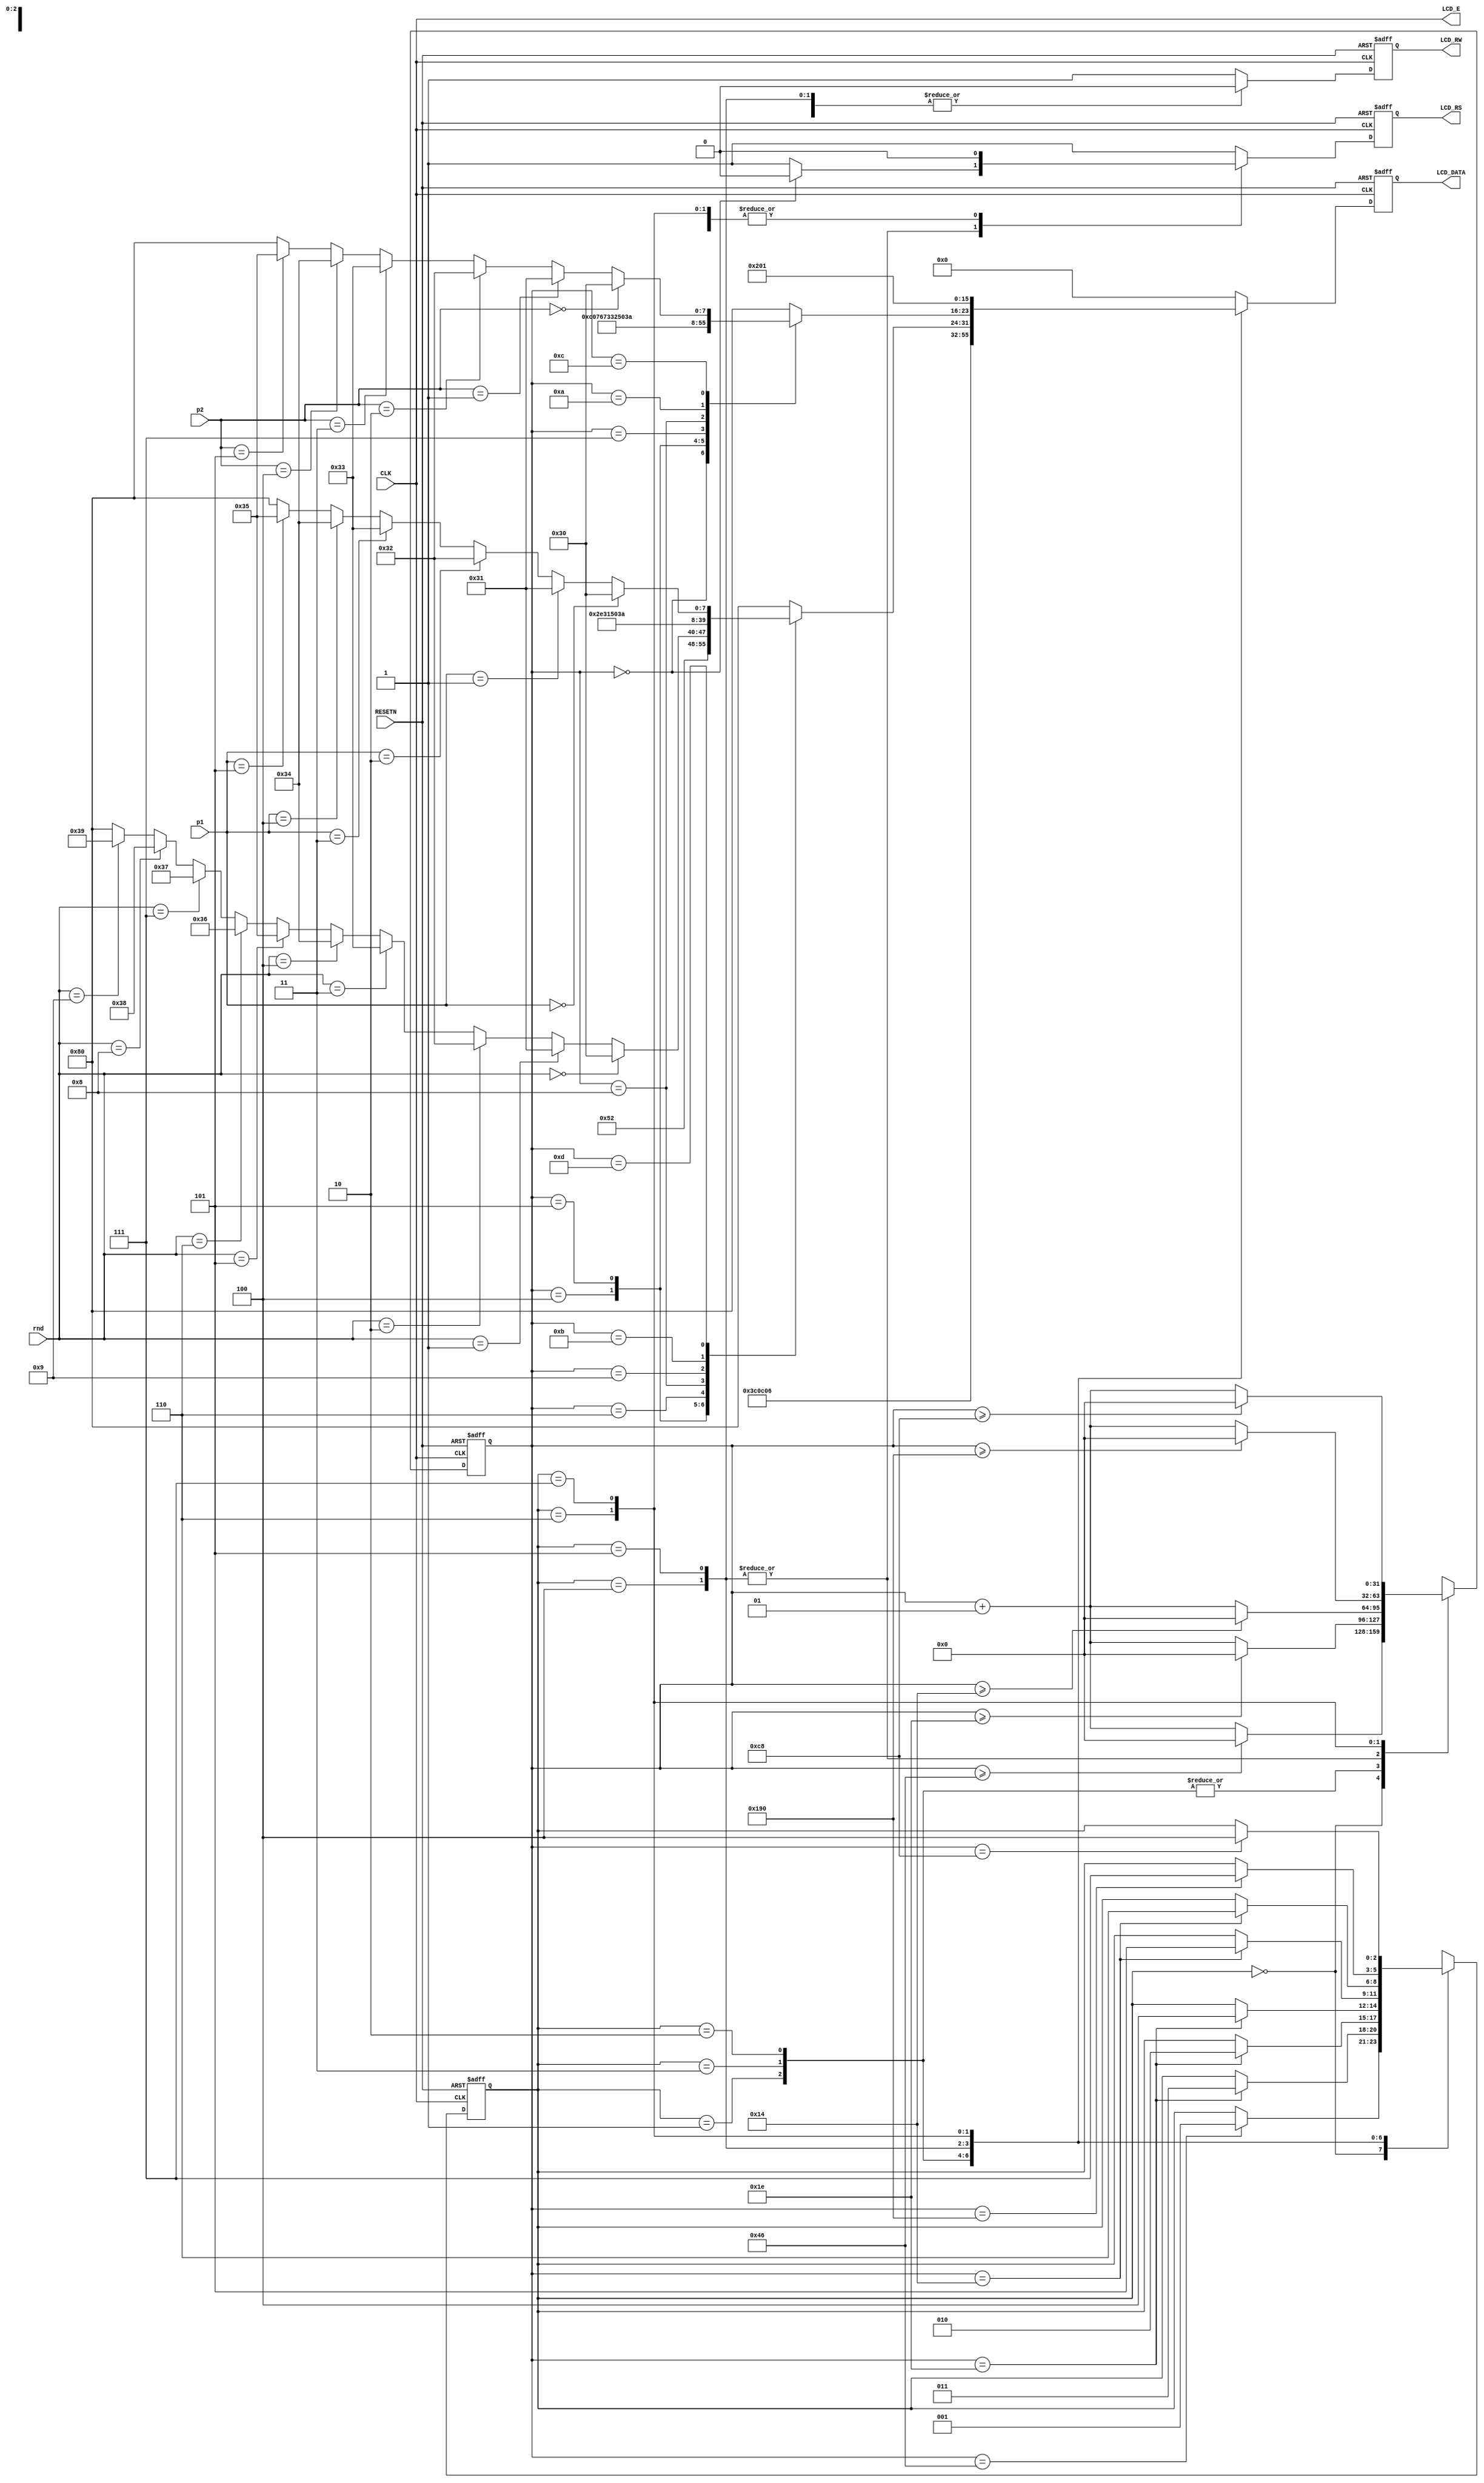
module rnd2_point(
RESETN, CLK, LCD_E, LCD_RS, LCD_RW, LCD_DATA, rnd, p1, p2);

input RESETN, CLK;
input [3:0]rnd;
input [2:0]p1;
input [2:0]p2;
output LCD_E, LCD_RS, LCD_RW;
output [7:0]LCD_DATA;

wire LCD_E;
reg LCD_RS, LCD_RW;
reg [7:0]LCD_DATA;
reg [2:0]STATE;
parameter DELAY = 3'b000,	FUNCTION_SET = 3'b001,
			ENTRY_MODE = 3'b010, DISP_ONOFF = 3'b011,
			LINE1 = 3'b100, LINE2 = 3'b101,
			DELAY_T = 3'b110, CLEAR_DISP = 3'b111;
			
integer CNT;

always @(posedge RESETN or posedge CLK)
begin
	if(RESETN)	STATE = DELAY;
	else
		begin
			case (STATE)
				DELAY: if(CNT==70) STATE=FUNCTION_SET;
				FUNCTION_SET: if(CNT==30) STATE=DISP_ONOFF;
				DISP_ONOFF: if(CNT==30) STATE = ENTRY_MODE;
				ENTRY_MODE: if(CNT==30) STATE=LINE1;
				LINE1: if(CNT==20) STATE=LINE2;
				LINE2: if(CNT==20) STATE=DELAY_T;
				DELAY_T: if(CNT==400) STATE = CLEAR_DISP;
				CLEAR_DISP: if(CNT==200) STATE=LINE1;
				default: STATE=DELAY;
			endcase
		end
end

always @(posedge RESETN or posedge CLK)
begin
	if(RESETN) CNT = 0;
	else
		begin
			case(STATE)
				DELAY: if(CNT>=70) CNT = 0;
						else CNT = CNT+1;
				FUNCTION_SET: if(CNT>=30) CNT = 0;
									else CNT = CNT + 1;
				DISP_ONOFF: if(CNT>=30) CNT = 0;
								else CNT = CNT+1;
				ENTRY_MODE: if(CNT>=30) CNT = 0;
								else CNT = CNT+1;
				LINE1: if(CNT>=20) CNT = 0;
								else CNT = CNT+1;
				LINE2: if(CNT>=20) CNT = 0;
								else CNT = CNT+1;
				DELAY_T: if(CNT>=400) CNT = 0;
								else CNT = CNT+1;
				CLEAR_DISP: if(CNT>=200) CNT = 0;
								else CNT = CNT+1;
				default: CNT=0;
			endcase
		end
end

always @(posedge RESETN or posedge CLK)
begin
	if(RESETN) begin
		LCD_RS = 1'b1;
		LCD_RW = 1'b1;
		LCD_DATA = 8'b00000000;
		end
	else begin
		case(STATE)
			FUNCTION_SET: begin
				LCD_RS = 1'b0; LCD_RW = 1'b0;
				LCD_DATA = 8'b00111100;
				end
			DISP_ONOFF: begin
				LCD_RS = 1'b0; LCD_RW = 1'b0;
				LCD_DATA = 8'b00001100;
				end
			ENTRY_MODE: begin
				LCD_RS = 1'b0; LCD_RW = 1'b0;
				LCD_DATA = 8'b00000110;
				end
			LINE1: begin
				LCD_RW = 1'b0;
				
				case(CNT)
					0:begin
						LCD_RS = 1'b0; LCD_DATA = 8'b10000000;
						end
					1:begin
						LCD_RS = 1'b1; LCD_DATA = 8'b10000000;
						end
					2:begin
						LCD_RS = 1'b1; LCD_DATA = 8'b10000000;
						end
					3:begin
						LCD_RS = 1'b1; LCD_DATA = 8'b10000000;
						end
					4:begin
						LCD_RS = 1'b1; LCD_DATA = 8'b01010010;
						end
					5:begin
                    if ((rnd[3:0] == 4'b000)) begin // rnd == 0
                        LCD_RS = 1'b1; LCD_DATA = 8'b00110000;
							end
                    else if ((rnd[3:0] == 4'b0001)) begin // rnd == 1
                        LCD_RS = 1'b1; LCD_DATA = 8'b00110001;
							end
                    else if ((rnd[3:0] == 4'b0010)) begin // rnd == 2
                        LCD_RS = 1'b1; LCD_DATA = 8'b00110010;
							end
                    else if ((rnd[3:0] == 4'b0011)) begin // rnd == 3
                        LCD_RS = 1'b1; LCD_DATA = 8'b00110011;
							end
                    else if ((rnd[3:0] == 4'b0100)) begin // rnd == 4
                        LCD_RS = 1'b1; LCD_DATA = 8'b00110100;
							end
                    else if ((rnd[3:0] == 4'b0101)) begin // rnd == 5
                        LCD_RS = 1'b1; LCD_DATA = 8'b00110101;
							end							
                    else if ((rnd[3:0] == 4'b0110)) begin // rnd == 6
                        LCD_RS = 1'b1; LCD_DATA = 8'b00110110;
							end							
                    else if ((rnd[3:0] == 4'b0111)) begin // rnd == 7
                        LCD_RS = 1'b1; LCD_DATA = 8'b00110111;
							end
                    else if ((rnd[3:0] == 4'b1000)) begin // rnd == 8
                        LCD_RS = 1'b1; LCD_DATA = 8'b00111000;
							end
                    else if ((rnd[3:0] == 4'b1001)) begin // rnd == 9
                        LCD_RS = 1'b1; LCD_DATA = 8'b00111001;
							end							
                    else begin // rnd != 0 ~ 9
								LCD_RS = 1'b1; LCD_DATA = 8'b10000000;
							end
						end
					6:begin
						LCD_RS = 1'b1; LCD_DATA = 8'b00101110;
						end
					7:begin
						LCD_RS = 1'b1; LCD_DATA = 8'b10000000;
						end
					8:begin
						LCD_RS = 1'b1; LCD_DATA = 8'b00110001;
						end
					9:begin
						LCD_RS = 1'b1; LCD_DATA = 8'b01010000;
						end
					10:begin
						LCD_RS = 1'b1; LCD_DATA = 8'b10000000;
						end
					11:begin
						LCD_RS = 1'b1; LCD_DATA = 8'b00111010;
						end
					12:begin
						LCD_RS = 1'b1; LCD_DATA = 8'b10000000;
						end
					13:begin
                    if ((p1[2:0] == 3'b000)) begin // p1 == 0
                        LCD_RS = 1'b1; LCD_DATA = 8'b00110000;
							end
                    else if ((p1[2:0] == 3'b001)) begin // p1 == 1
                        LCD_RS = 1'b1; LCD_DATA = 8'b00110001;
							end
                    else if ((p1[2:0] == 3'b010)) begin // p1 == 2
                        LCD_RS = 1'b1; LCD_DATA = 8'b00110010;
							end
                    else if ((p1[2:0] == 3'b011)) begin // p1 == 3
                        LCD_RS = 1'b1; LCD_DATA = 8'b00110011;
							end
                    else if ((p1[2:0] == 3'b100)) begin // p1 == 4
                        LCD_RS = 1'b1; LCD_DATA = 8'b00110100;
							end
                    else if ((p1[2:0] == 3'b101)) begin // p1 == 5
                        LCD_RS = 1'b1; LCD_DATA = 8'b00110101;
							end													
                    else begin // p1 != 0 ~ 5
								LCD_RS = 1'b1; LCD_DATA = 8'b10000000;
							end
						end
					14:begin
						LCD_RS = 1'b1; LCD_DATA = 8'b10000000;
						end
					15:begin
						LCD_RS = 1'b1; LCD_DATA = 8'b10000000;
						end
					16:begin
						LCD_RS = 1'b1; LCD_DATA = 8'b10000000;
						end
					default:begin
						LCD_RS = 1'b1; LCD_DATA = 8'b10000000;
						end
					endcase
				end
			LINE2: begin
				
				LCD_RW = 1'b0;
				
				case(CNT)
					0:begin
						LCD_RS = 1'b0; LCD_DATA = 8'b11000000;
					end
					1:begin
						LCD_RS = 1'b1; LCD_DATA = 8'b10000000;
					end
					2:begin
						LCD_RS = 1'b1; LCD_DATA = 8'b10000000;
						end
					3:begin
						LCD_RS = 1'b1; LCD_DATA = 8'b10000000;
						end
					4:begin
						LCD_RS = 1'b1; LCD_DATA = 8'b01110110;
						end
					5:begin
						LCD_RS = 1'b1; LCD_DATA = 8'b01110011;
						end
					6:begin
						LCD_RS = 1'b1; LCD_DATA = 8'b10000000;
						end
					7:begin
						LCD_RS = 1'b1; LCD_DATA = 8'b00110010;
						end
					8:begin
						LCD_RS = 1'b1; LCD_DATA = 8'b01010000;
						end
					9:begin
						LCD_RS = 1'b1; LCD_DATA = 8'b10000000;
						end
					10:begin
						LCD_RS = 1'b1; LCD_DATA = 8'b00111010;
						end
					11:begin
						LCD_RS = 1'b1; LCD_DATA = 8'b10000000;
						end
					12:begin
                    if ((p2[2:0] == 3'b000)) begin // p2 == 0
                        LCD_RS = 1'b1; LCD_DATA = 8'b00110000;
							end
                    else if ((p2[2:0] == 3'b001)) begin // p2 == 1
                        LCD_RS = 1'b1; LCD_DATA = 8'b00110001;
							end
                    else if ((p2[2:0] == 3'b010)) begin // p2 == 2
                        LCD_RS = 1'b1; LCD_DATA = 8'b00110010;
							end
                    else if ((p2[2:0] == 3'b011)) begin // p2 == 3
                        LCD_RS = 1'b1; LCD_DATA = 8'b00110011;
							end
                    else if ((p2[2:0] == 3'b100)) begin // p2 == 4
                        LCD_RS = 1'b1; LCD_DATA = 8'b00110100;
							end
                    else if ((p2[2:0] == 3'b101)) begin // p2 == 5
                        LCD_RS = 1'b1; LCD_DATA = 8'b00110101;
							end													
                    else begin // p2 != 0 ~ 5
								LCD_RS = 1'b1; LCD_DATA = 8'b10000000;
							end
						end
					13:begin
						LCD_RS = 1'b1; LCD_DATA = 8'b10000000;
						end
					14:begin
						LCD_RS = 1'b1; LCD_DATA = 8'b10000000;
						end
					15:begin
						LCD_RS = 1'b1; LCD_DATA = 8'b10000000;
						end
					16:begin
						LCD_RS = 1'b1; LCD_DATA = 8'b10000000;
						end
					default:begin
						LCD_RS = 1'b1; LCD_DATA = 8'b10000000;
						end
					endcase
				end
			DELAY_T:begin
				LCD_RS = 1'b0; LCD_RW=1'b0;
				LCD_DATA = 8'b00000010;
				end
			CLEAR_DISP:begin
				LCD_RS = 1'b0; LCD_RW=1'b0;
				LCD_DATA = 8'b00000001;
				end
			default: begin
				LCD_RS = 1'b1; LCD_RW=1'b1;
				LCD_DATA = 8'b00000000  ;
				end
			endcase
		end
	end
	
	assign LCD_E = CLK;
	
	endmodule